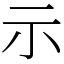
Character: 示